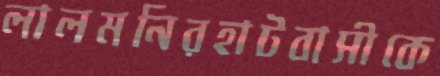
লালমনিরহাটবাসীকে